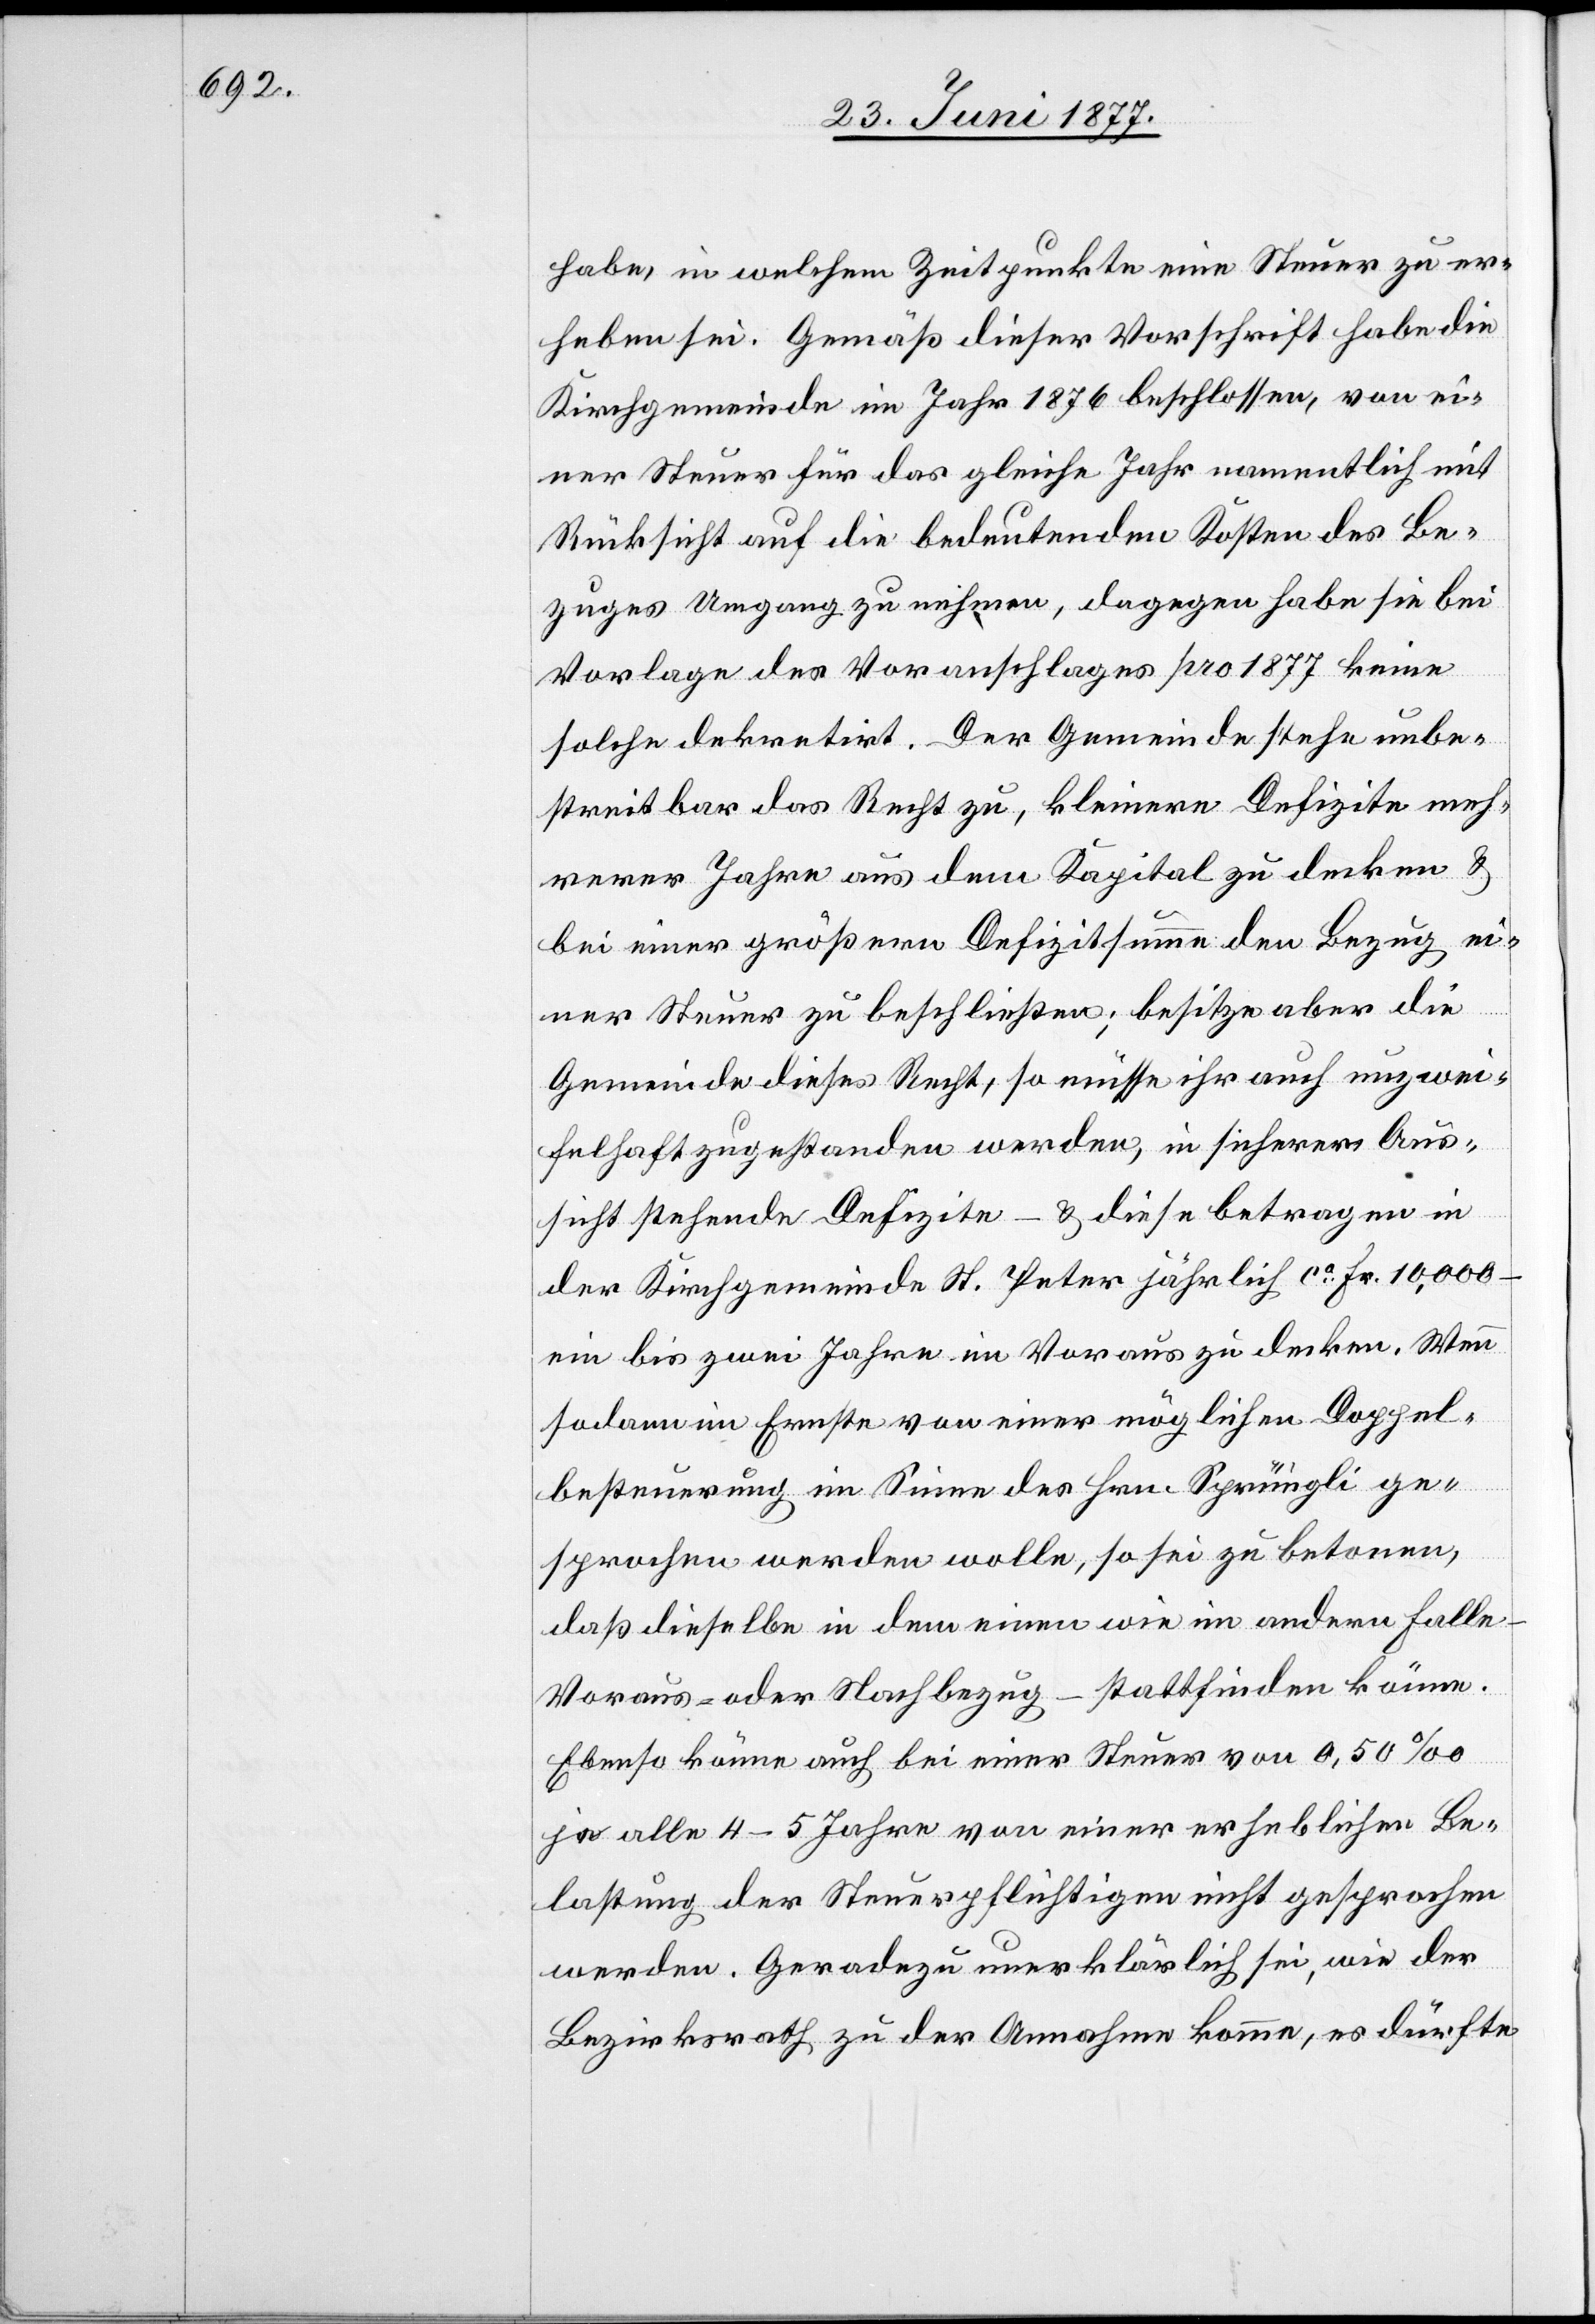
habe, in welchem Zeitpunkte eine Steuer zu er¬
heben sei. Gemäß dieser Vorschrift habe die
Kirchgemeinde im Jahr 1876 beschlossen, von ei¬
ner Steuer für das gleiche Jahr namentlich mit
Rücksicht auf die bedeutenden Kosten des Be¬
zuges Umgang zu nehmen, dagegen pro 1877 keine
solche dekretirt. Der Gemeinde stehe unbe¬
streitbar das Recht zu, kleinere Defizite meh¬
rerer Jahre aus dem Kapital zu decken &
bei einer größern Defizitsumme den Bezug ei¬
ner Steuer zu beschließen; besitze aber die
Gemeinde dieses Recht, so müsse ihr auch unzwei¬
felhaft zugestanden werden, in sicherer Aus¬
sicht stehende Defizite – & diese betragen in
der Kirchgemeinde St. Peter jährlich ca Fr. 10,000 –
ein bis zwei Jahre im Voraus zu decken. Wenn
sodann im Ernste von einer möglichen Doppel¬
besteuerung im Sinne des Hrn. Sprüngli ge¬
sprochen werden wolle, so sei zu betonen,
daß dieselbe in dem einen wie im andern Falle
stattfinden könne.
Voraus- oder Nachbezug
Ebenso könne auch bei einer Steuer von 0,50‰
je alle 4–5 Jahre von einer erheblichen Be¬
lastung der Steuerpflichtigen nicht gesprochen
werden. Geradezu unerklärlich sei, wie der
Bezirksrath zu der Annahme komme, es dürfte